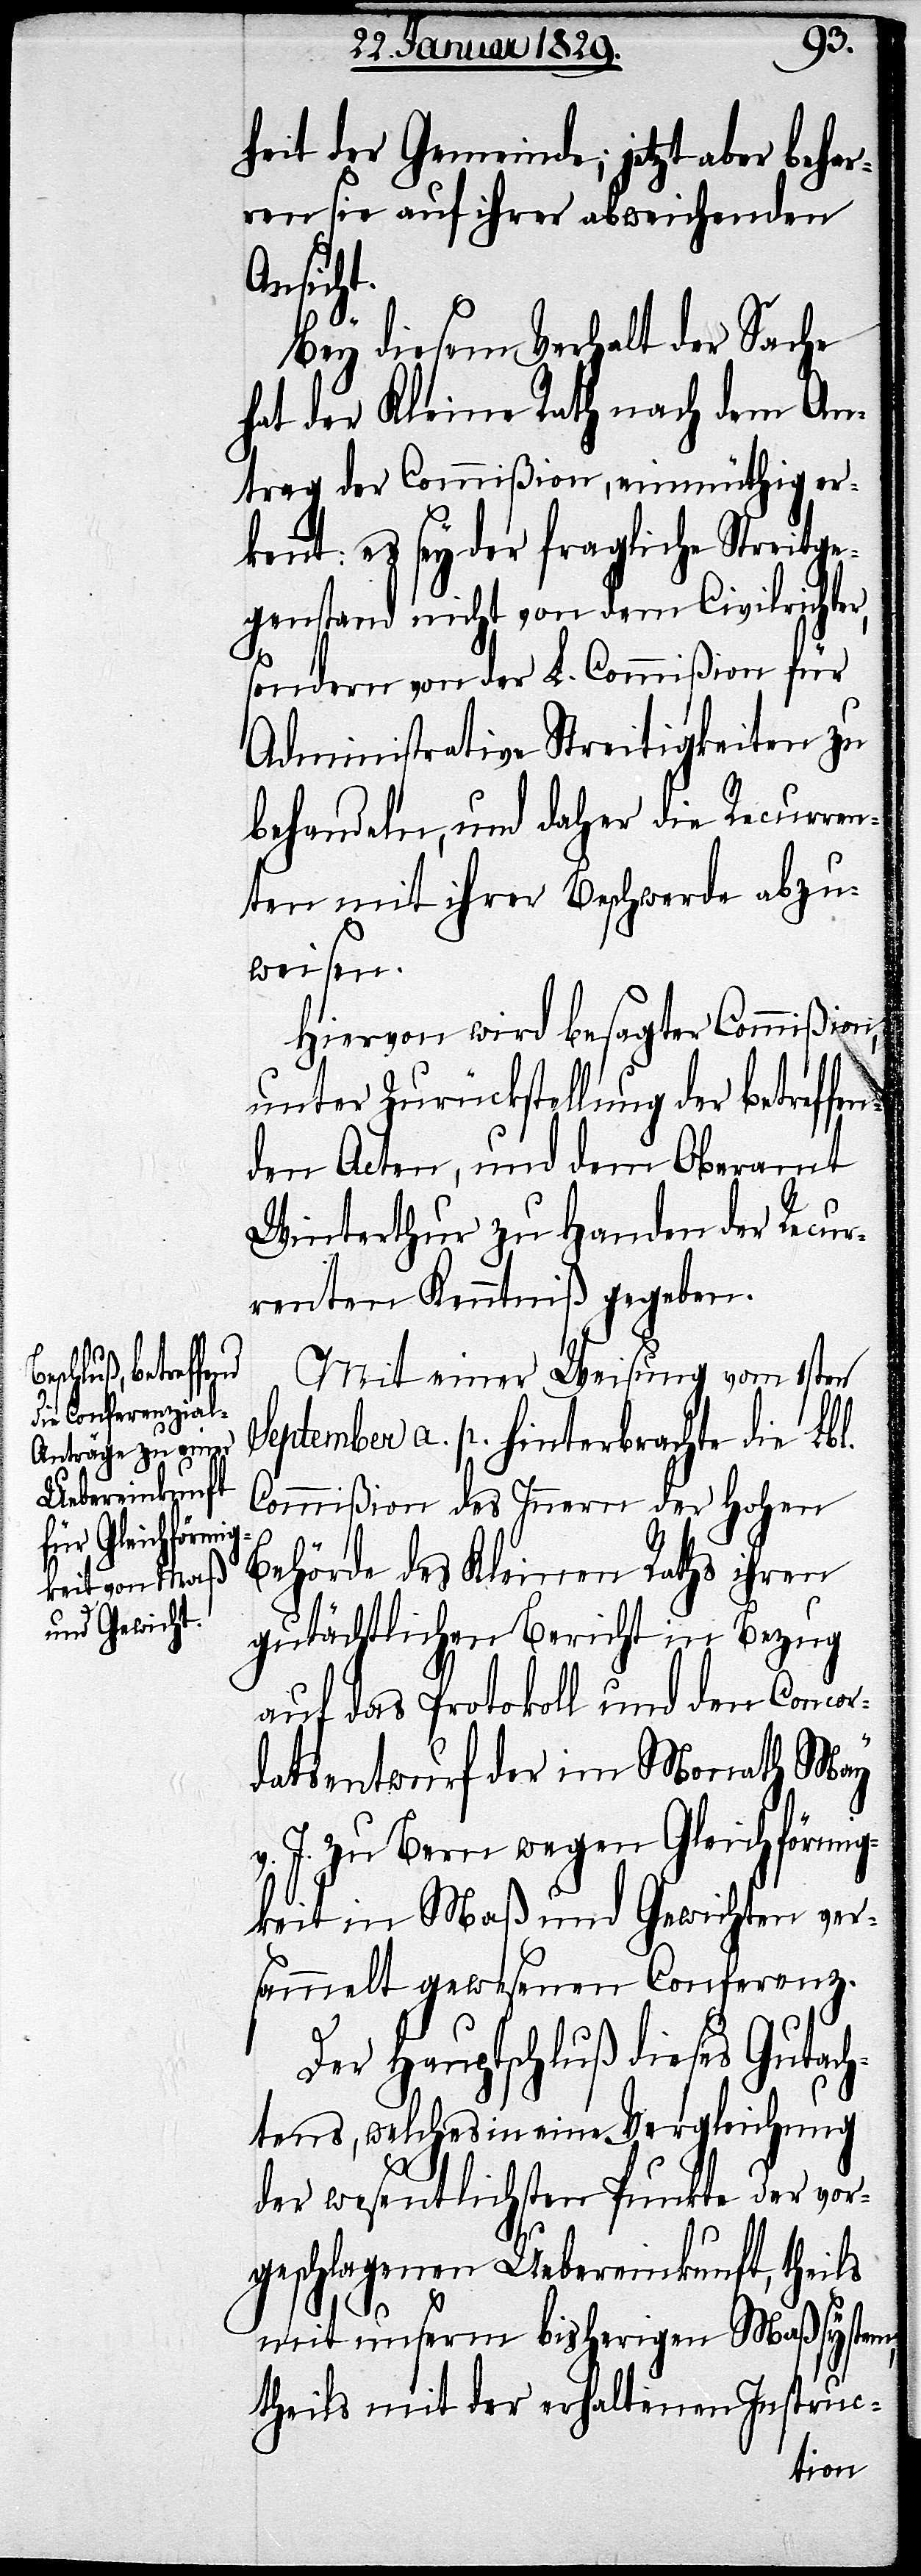
r,
heit der Gemeinde; jetzt aber behar¬
ren sie auf ihrer abweichenden
Ansicht.
Bey diesem Verhalt der Sache
hat der Kleine Rath nach dem An¬
trag der Commißion, einmüthig er¬
kennt: es sey der fragliche Streitge¬
genstand nicht von dem Civilrichte¬
sondern von der L. Commißion für
Administrative Streitigkeiten zu
behandeln, und daher die Recurren¬
ten mit ihrer Beschwerde abzu¬
weisen.
Hiervon wird besagter Commißion,
unter Zurückstellung der betreffen¬
den Acten, und dem Oberamt
Winterthur zu Handen der Recur¬
renten Kenntniß gegeben.
Mit einer Weisung vom 1sten
September a. p. hinterbrachte die Lbl.
Commißion des Innern der Hohen
Behörde des Kleinen Raths ihren
gutächtlichen Bericht in Bezug
auf das Protokoll und den Concor¬
datsentwurf im Monath May
v. J. zu Bern wegen Gleichförmig¬
keit in Maß und Gewichten ver¬
sammelt gewesenen Conferenz.
Der Hauptschluß dieses Gutach¬
tens, welches in eine Vergleichung
der wesentlichen Punkte der vor¬
geschlagenen Uebereinkunft, theils
mit unserm bisherigen Maßsystem,
theils mit der erhaltenen Instruc-